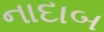
નાદાબ